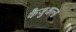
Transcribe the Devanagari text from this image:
कैजुअल्स